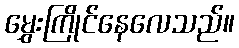
မွှေးကြိုင်နေလေသည်။